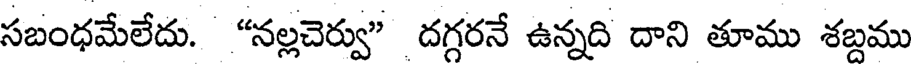
సబంధమేలేదు. "నల్లచెర్వు" దగ్గరనే ఉన్నది దాని తూము శబ్దము